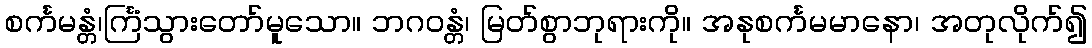
စင်္ကမန္တံ၊င်္ကြံသွားတော်မူသော။ ဘဂဝန္တံ၊ မြတ်စွာဘုရားကို။ အနုစင်္ကမမာနော၊ အတုလိုက်၍